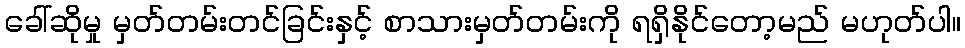
ခေါ်ဆိုမှု မှတ်တမ်းတင်ခြင်းနှင့် စာသားမှတ်တမ်းကို ရရှိနိုင်တော့မည် မဟုတ်ပါ။